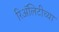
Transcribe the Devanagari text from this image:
रिॲलिटीच्या